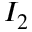
I _ { 2 }